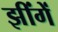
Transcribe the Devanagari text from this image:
झींगें